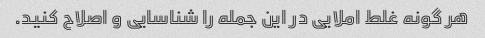
هر گونه غلط املایی در این جمله را شناسایی و اصلاح کنید.